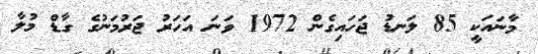
މާނައަކީ 85 ލަނޑު ޖަހައިގެން 1972 ވަނަ އަހަރު ޖަރުމަނުގެ ގާޑް މުލާ